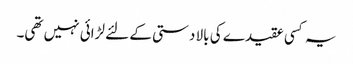
یہ کسی عقیدے کی بالا دستی کے لئے لڑائی نہیں تھی۔